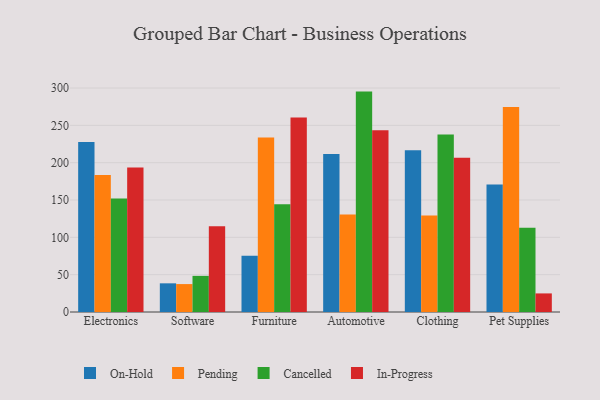
{"axis": {"x": "Category", "y": "Tickets Resolved"}, "legend": ["Cancelled", "In-Progress", "On-Hold", "Pending"], "data": [{"x": "Electronics", "y": 227.6, "type": "On-Hold"}, {"x": "Electronics", "y": 183.5, "type": "Pending"}, {"x": "Electronics", "y": 151.9, "type": "Cancelled"}, {"x": "Electronics", "y": 193.6, "type": "In-Progress"}, {"x": "Software", "y": 38.4, "type": "On-Hold"}, {"x": "Software", "y": 37.4, "type": "Pending"}, {"x": "Software", "y": 48.4, "type": "Cancelled"}, {"x": "Software", "y": 114.9, "type": "In-Progress"}, {"x": "Furniture", "y": 75.2, "type": "On-Hold"}, {"x": "Furniture", "y": 233.6, "type": "Pending"}, {"x": "Furniture", "y": 144.4, "type": "Cancelled"}, {"x": "Furniture", "y": 260.5, "type": "In-Progress"}, {"x": "Automotive", "y": 211.6, "type": "On-Hold"}, {"x": "Automotive", "y": 130.6, "type": "Pending"}, {"x": "Automotive", "y": 295.2, "type": "Cancelled"}, {"x": "Automotive", "y": 243.3, "type": "In-Progress"}, {"x": "Clothing", "y": 216.7, "type": "On-Hold"}, {"x": "Clothing", "y": 129.2, "type": "Pending"}, {"x": "Clothing", "y": 237.6, "type": "Cancelled"}, {"x": "Clothing", "y": 206.7, "type": "In-Progress"}, {"x": "Pet Supplies", "y": 170.8, "type": "On-Hold"}, {"x": "Pet Supplies", "y": 274.6, "type": "Pending"}, {"x": "Pet Supplies", "y": 113.0, "type": "Cancelled"}, {"x": "Pet Supplies", "y": 24.9, "type": "In-Progress"}]}